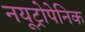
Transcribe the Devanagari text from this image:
नयूट्रोपेनिक